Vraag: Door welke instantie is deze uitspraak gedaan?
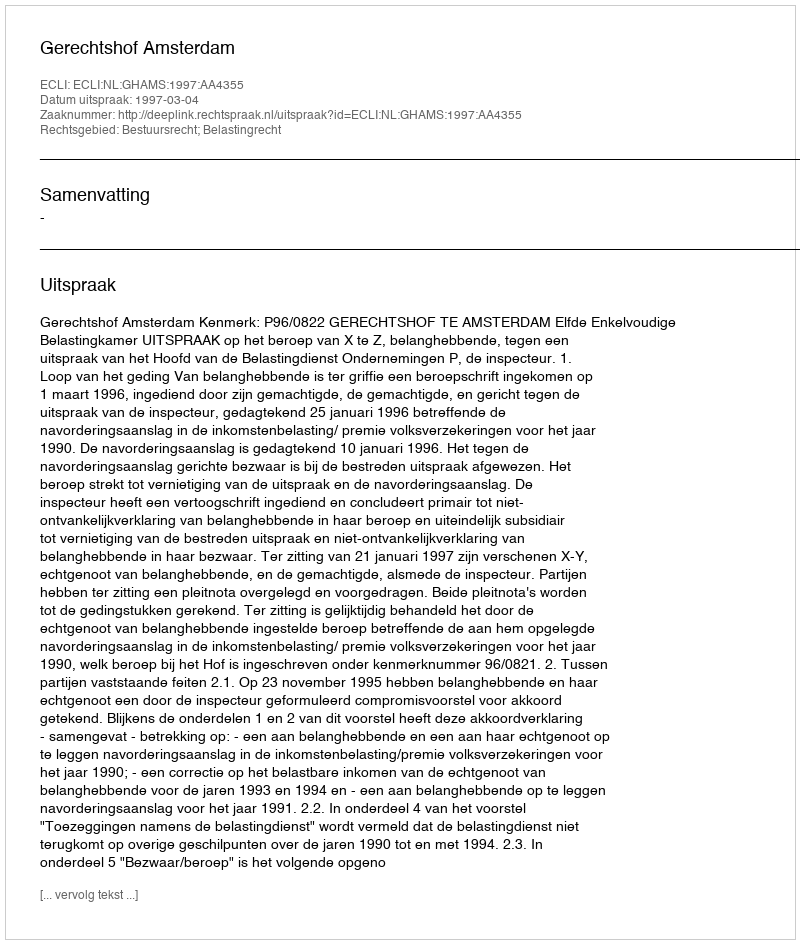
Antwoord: Gerechtshof Amsterdam